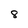
Character: 8